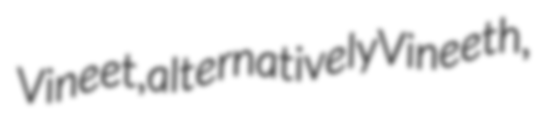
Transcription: Vineet, alternatively Vineeth,